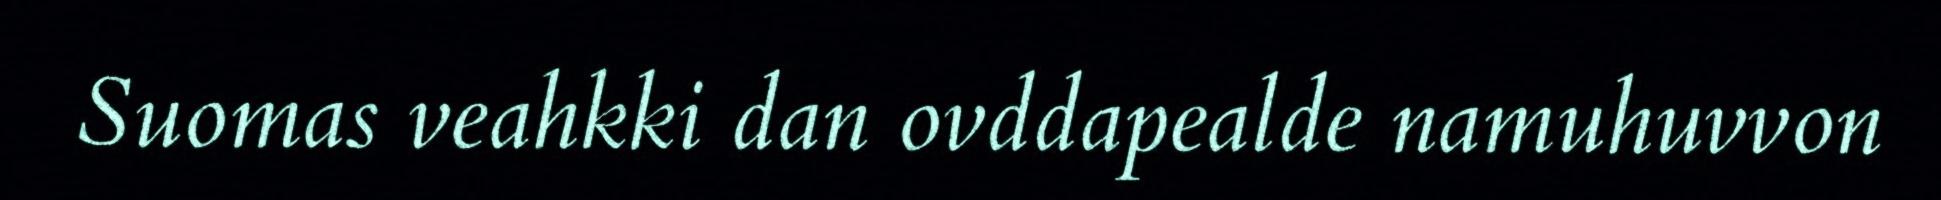
Suomas veahkki dan ovddapealde namuhuvvon